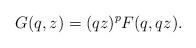
LaTeX: \begin{align*} G(q,z)=(qz)^{p}F(q,qz).\end{align*}